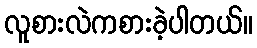
လူစားလဲကစားခဲ့ပါတယ်။